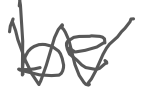
Text: be
Cross-out: zig-zag
Writing tool: digital_gray